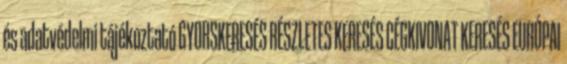
és adatvédelmi tájékoztató GYORSKERESÉS RÉSZLETES KERESÉS CÉGKIVONAT KERESÉS EURÓPAI